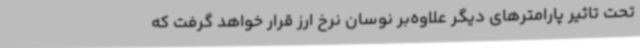
تحت تاثیر پارامترهای دیگر علاوه‌بر نوسان نرخ ارز قرار خواهد گرفت که